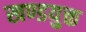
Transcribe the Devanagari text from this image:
खण्डयुक्त